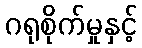
ဂရုစိုက်မှုနှင့်